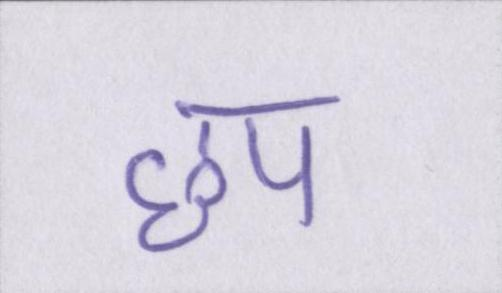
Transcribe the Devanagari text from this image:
छप